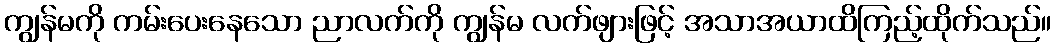
ကျွန်မကို ကမ်းပေးနေသော ညာလက်ကို ကျွန်မ လက်ဖျားဖြင့် အသာအယာထိကြည့်ထိုက်သည်။